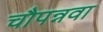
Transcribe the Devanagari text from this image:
चौपन्नवा